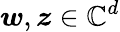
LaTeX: \boldsymbol{w},\boldsymbol{z}\in\mathbb{C}^{d}